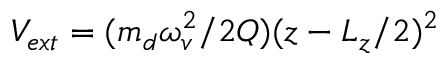
V _ { e x t } = ( m _ { d } \omega _ { v } ^ { 2 } / 2 Q ) ( z - L _ { z } / 2 ) ^ { 2 }